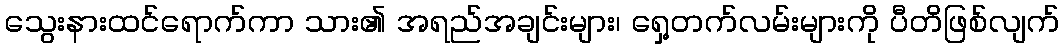
သွေးနားထင်ရောက်ကာ သား၏ အရည်အချင်းများ၊ ရှေ့တက်လမ်းများကို ပီတိဖြစ်လျက်